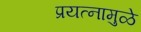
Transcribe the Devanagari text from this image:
प्रयत्‍नामुळे